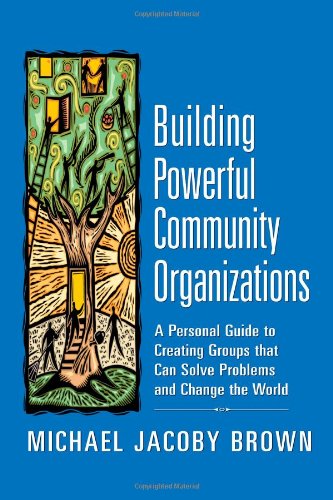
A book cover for Building Powerful Community Organizations: A Personal Guide to Creating Groups that Can Solve Problems and Change the World; Michael Jacoby Brown; Business & Money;